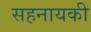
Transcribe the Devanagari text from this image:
सहनायकी